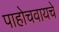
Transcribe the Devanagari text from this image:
पाहोचवायचे